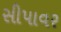
સીપાવર